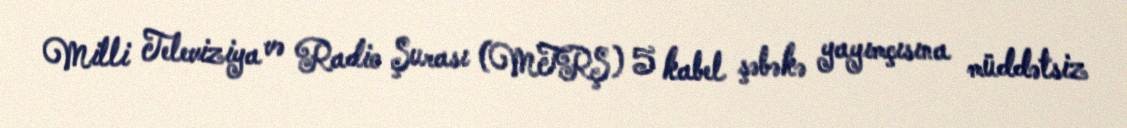
Milli Televiziya və Radio Şurası (MTRŞ) 5 kabel şəbəkə yayımçısına müddətsiz